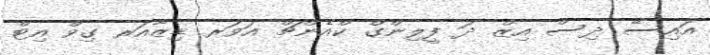
އައިސޭ ދިސް އިޒް ދަ ފީލިންގް ކްއެންޗް އަވަރ ޑިޒާއަރ ގިވް އިޓް